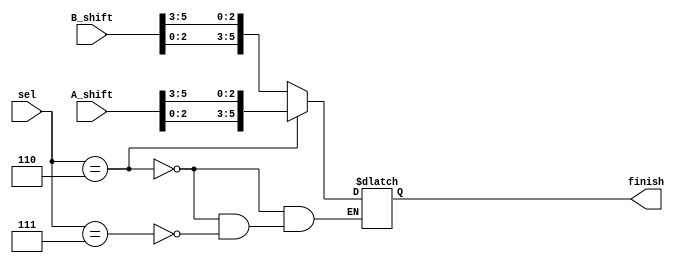
`timescale 1ns / 1ps

module Barrel_shifter(

input wire [5:0] A_shift, B_shift,
input [3:0] sel,
output wire [5:0] finish
);

	reg [5:0] temp; // temp reg used to store the output value before assigning to the output finish wire
	
	always @*
		if (sel == 4'b0110) // shift A
		begin
			temp = {A_shift[2:0], A_shift[5:3]}; // place bits zero to two in front of the bits five through to three                                 
		end                                     // shifting the input by 3 bits to the right
	
		else if (sel == 4'b0111) // shift B
		begin
			temp = {B_shift[2:0], B_shift[5:3]}; // place bits zero to two in front of the bits five through to three
		end	                                  // shifting the input by 3 bits to the right   

		assign finish = temp;
endmodule